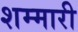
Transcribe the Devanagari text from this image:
शम्मारी